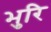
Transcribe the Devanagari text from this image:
भुरि